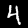
Digit: 4